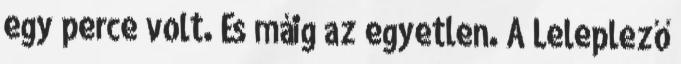
egy perce volt. És máig az egyetlen. A Leleplező